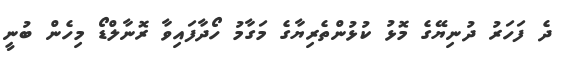
ދެ ފަހަރު ދުނިޔޭގެ މޮޅު ކުޅުންތެރިޔާގެ މަގާމު ހޯދާފައިވާ ރޮނާލްޑޯ މިހެން ބުނީ